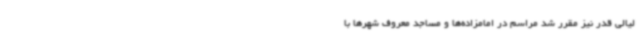
لیالی قدر نیز مقرر شد مراسم در امامزاده‌ها و مساجد معروف شهرها با